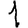
Digit: 1